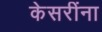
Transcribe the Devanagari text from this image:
केसरींना